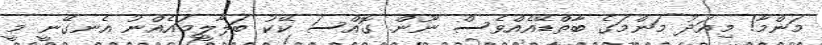
މަންމާ! މިއަދު މަންމަގެ ބާތްޑޭއެއްވެސް ނޫން. ގޮއްސަ ކޭކު ބަލާލީމައެއްނު އެނގޭނީ މީ